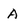
Character: A